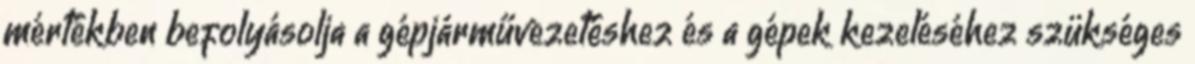
mértékben befolyásolja a gépjárművezetéshez és a gépek kezeléséhez szükséges